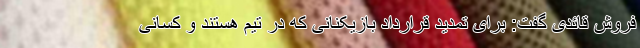
فروش قائدی گفت: برای تمدید قرارداد بازیکنانی که در تیم هستند و کسانی